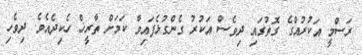
ރަސްމީ އަކުރުއްގެ ގޮތުގައި ދިވެސް އަކުރު ގެންގުޅެފައިވާ ކަމަށް ތާރީޚް ހެކިދެއެވެ. ދިވެހި